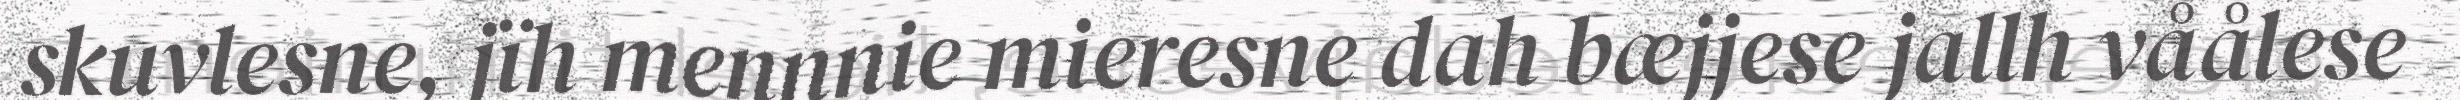
skuvlesne, jïh mennnie mieresne dah bæjjese jallh våålese